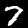
Label: 7